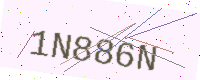
Text: 1N886N